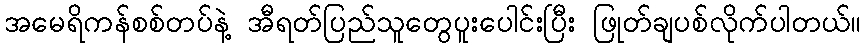
အမေရိကန်စစ်တပ်နဲ့ အီရတ်ပြည်သူတွေပူးပေါင်းပြီး ဖြုတ်ချပစ်လိုက်ပါတယ်။